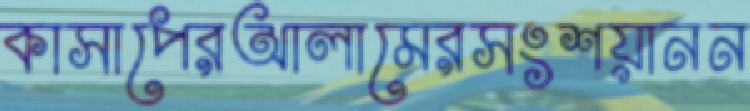
কাসাপেরআলামেরসংশয়ানন